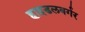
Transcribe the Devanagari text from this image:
हाइडलबर्गर